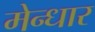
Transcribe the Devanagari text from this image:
मेन्धार